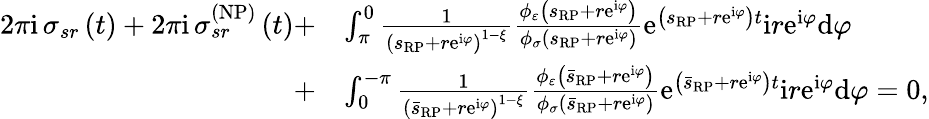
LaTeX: \begin{array}{rl}{2\pi\mathrm{i\, }\sigma_{sr}\left(t\right)+2\pi\mathrm{i\, }\sigma_{sr}^{\left(\mathrm{NP}\right)}\left(t\right)+}&{\int_{\pi}^{0}\frac{1}{\left(s_{\scriptscriptstyle{\mathrm{RP}}}+r\mathrm{e}^{\mathrm{i}\varphi}\right)^{1-\xi}}\frac{\phi_{\varepsilon}\left(s_{\scriptscriptstyle{\mathrm{RP}}}+r\mathrm{e}^{\mathrm{i}\varphi}\right)}{\phi_{\sigma}\left(s_{\scriptscriptstyle{\mathrm{RP}}}+r\mathrm{e}^{\mathrm{i}\varphi}\right)}\mathrm{e}^{\left(s_{\scriptscriptstyle{\mathrm{RP}}}+r\mathrm{e}^{\mathrm{i}\varphi}\right)t}\mathrm{i}r\mathrm{e}^{\mathrm{i}\varphi}\mathrm{d}\varphi}\\ {+}&{\int_{0}^{-\pi}\frac{1}{\left(\bar{s}_{\scriptscriptstyle{\mathrm{RP}}}+r\mathrm{e}^{\mathrm{i}\varphi}\right)^{1-\xi}}\frac{\phi_{\varepsilon}\left(\bar{s}_{\scriptscriptstyle{\mathrm{RP}}}+r\mathrm{e}^{\mathrm{i}\varphi}\right)}{\phi_{\sigma}\left(\bar{s}_{\scriptscriptstyle{\mathrm{RP}}}+r\mathrm{e}^{\mathrm{i}\varphi}\right)}\mathrm{e}^{\left(\bar{s}_{\scriptscriptstyle{\mathrm{RP}}}+r\mathrm{e}^{\mathrm{i}\varphi}\right)t}\mathrm{i}r\mathrm{e}^{\mathrm{i}\varphi}\mathrm{d}\varphi=0,}\end{array}